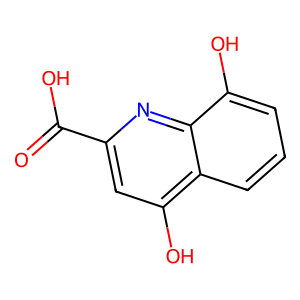
SMILES: O=C(O)c1cc(O)c2cccc(O)c2n1
Inhibits HIV replication: No